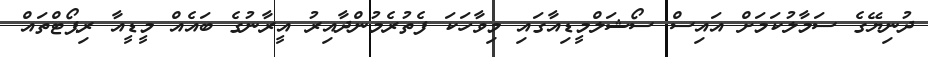
ދުނިޔޭގެ ސަމާލުކަމަށް އައިސް ސޯޝަލްމީޑިއާގައި މިވާހަކަ ފެތުރެމުންދާއިރު އީރާނުގެ ބައެއް މީޑީއާ ރިޕޯޓްތައް